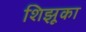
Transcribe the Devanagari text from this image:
शिझूका